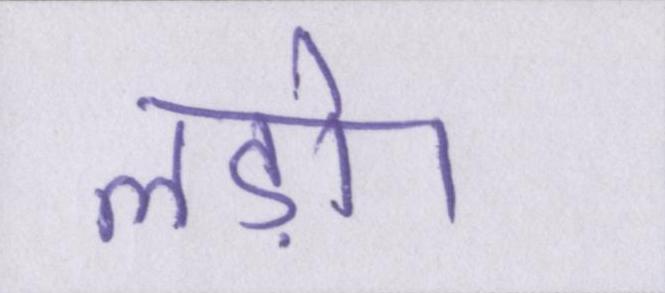
लड़ो।